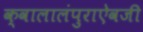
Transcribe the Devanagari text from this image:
क्वालालंपुराऐवजी